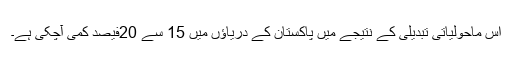
اس ماحولیاتی تبدیلی کے نتیجے میں پاکستان کے دریاؤں میں 15 سے 20فیصد کمی آچکی ہے۔